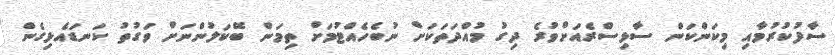
ސާފުކުރުމާއި މިކަންކަން ސާޅިސްރެއަށްވުރެ ދިގު މުއްދަތަކަށް ނުބެހެއްޓުމަށް ތިމަން ބޭކަލުންނަށް ވަގުތު ކަނޑައެޅިގެން